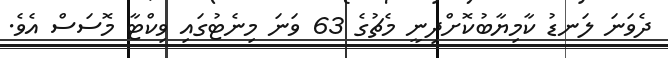
ދެވަނަ ލަނޑު ކާމިޔާބުކޮށްދިނީ މެޗުގެ 63 ވަނަ މިނެޓުގައި ވިކްޓާ މޮސަސް އެވެ.